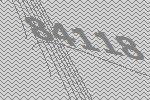
84118